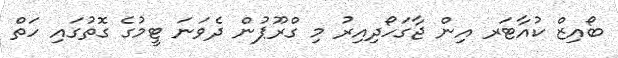
ބޯއިޒް ކުއާޓަރ އިން ޖާގަހޯދިއިރު މި ގްރޫޕުން ދެވަނަ ޓީމުގެ ގޮތުގައި ހަތް